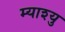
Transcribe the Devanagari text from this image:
म्याश्यु